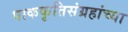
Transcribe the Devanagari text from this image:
पाककृतिसंग्रहांच्या